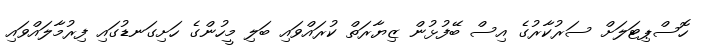
ހޮސްޕިޓަލަށް ސަރުކާރުގެ އިސް ބޭފުޅުން ޒިޔާރަތް ކުރައްވައި ބަލި މީހުންގެ ހަށިގަނޑުގައި ފިރުމާލައްވައި